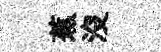
蕉沒